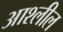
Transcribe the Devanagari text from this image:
आश्लील